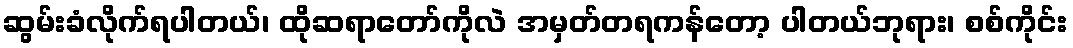
ဆွမ်းခံလိုက်ရပါတယ်၊ ထိုဆရာတော်ကိုလဲ အမှတ်တရကန်တော့ ပါတယ်ဘုရား၊ စစ်ကိုင်း